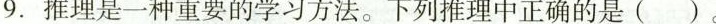
9.推理是一种重要的学习方法。下列推理中正确的是()。